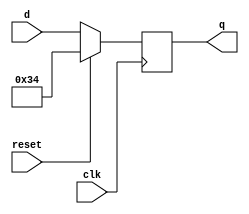
module top_module (
    input clk,
    input reset,
    input [7:0] d,
    output [7:0] q
);
    
    always @(negedge clk) begin
        if (reset == 1'b0) begin
            q <= d;
        end
        else begin
            q <= 8'h34;
        end
    end

endmodule